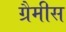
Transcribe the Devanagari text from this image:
ग्रैमीस